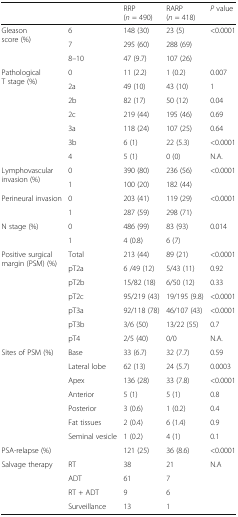
<table><thead><tr><td></td><td></td><td><b>RRP (<i>n</i> = 490)</b></td><td><b>RARP (<i>n</i> = 418)</b></td><td><b><i>P</i> value</b></td></tr></thead><tbody><tr><td rowspan="3">Gleason score (%)</td><td>6</td><td>148 (30)</td><td>23 (5)</td><td rowspan="3">&lt;0.0001</td></tr><tr><td>7</td><td>295 (60)</td><td>288 (69)</td></tr><tr><td>8–10</td><td>47 (9.7)</td><td>107 (26)</td></tr><tr><td rowspan="7">Pathological T stage (%)</td><td>0</td><td>11 (2.2)</td><td>1 (0.2)</td><td>0.007</td></tr><tr><td>2a</td><td>49 (10)</td><td>43 (10)</td><td>1</td></tr><tr><td>2b</td><td>82 (17)</td><td>50 (12)</td><td>0.04</td></tr><tr><td>2c</td><td>219 (44)</td><td>195 (46)</td><td>0.69</td></tr><tr><td>3a</td><td>118 (24)</td><td>107 (25)</td><td>0.64</td></tr><tr><td>3b</td><td>6 (1)</td><td>22 (5.3)</td><td>&lt;0.0001</td></tr><tr><td>4</td><td>5 (1)</td><td>0 (0)</td><td>N.A.</td></tr><tr><td rowspan="2">Lymphovascular invasion (%)</td><td>0</td><td>390 (80)</td><td>236 (56)</td><td rowspan="2">&lt;0.0001</td></tr><tr><td>1</td><td>100 (20)</td><td>182 (44)</td></tr><tr><td rowspan="2">Perineural invasion</td><td>0</td><td>203 (41)</td><td>119 (29)</td><td rowspan="2">&lt;0.0001</td></tr><tr><td>1</td><td>287 (59)</td><td>298 (71)</td></tr><tr><td rowspan="2">N stage (%)</td><td>0</td><td>486 (99)</td><td>83 (93)</td><td rowspan="2">0.014</td></tr><tr><td>1</td><td>4 (0.8)</td><td>6 (7)</td></tr><tr><td rowspan="7">Positive surgical margin (PSM) (%)</td><td>Total</td><td>213 (44)</td><td>89 (21)</td><td>&lt;0.0001</td></tr><tr><td>pT2a</td><td>6 /49 (12)</td><td>5/43 (11)</td><td>0.92</td></tr><tr><td>pT2b</td><td>15/82 (18)</td><td>6/50 (12)</td><td>0.33</td></tr><tr><td>pT2c</td><td>95/219 (43)</td><td>19/195 (9.8)</td><td>&lt;0.0001</td></tr><tr><td>pT3a</td><td>92/118 (78)</td><td>46/107 (43)</td><td>&lt;0.0001</td></tr><tr><td>pT3b</td><td>3/6 (50)</td><td>13/22 (55)</td><td>0.7</td></tr><tr><td>pT4</td><td>2/5 (40)</td><td>0/0</td><td>N.A.</td></tr><tr><td rowspan="7">Sites of PSM (%)</td><td>Base</td><td>33 (6.7)</td><td>32 (7.7)</td><td>0.59</td></tr><tr><td>Lateral lobe</td><td>62 (13)</td><td>24 (5.7)</td><td>0.0003</td></tr><tr><td>Apex</td><td>136 (28)</td><td>33 (7.8)</td><td>&lt;0.0001</td></tr><tr><td>Anterior</td><td>5 (1)</td><td>5 (1)</td><td>0.8</td></tr><tr><td>Posterior</td><td>3 (0.6)</td><td>1 (0.2)</td><td>0.4</td></tr><tr><td>Fat tissues</td><td>2 (0.4)</td><td>6 (1.4)</td><td>0.9</td></tr><tr><td>Seminal vesicle</td><td>1 (0.2)</td><td>4 (1)</td><td>0.1</td></tr><tr><td>PSA-relapse (%)</td><td></td><td>121 (25)</td><td>36 (8.6)</td><td>&lt;0.0001</td></tr><tr><td rowspan="4">Salvage therapy</td><td>RT</td><td>38</td><td>21</td><td rowspan="4">N.A</td></tr><tr><td>ADT</td><td>61</td><td>7</td></tr><tr><td>RT + ADT</td><td>9</td><td>6</td></tr><tr><td>Surveillance</td><td>13</td><td>1</td></tr></tbody></table>